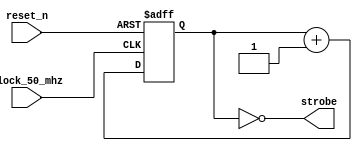
//----------------------------------------------------------------------------
//
//   14:  
//
//  Exercise   14: LED matrix
//
//----------------------------------------------------------------------------

module timer
# ( parameter timer_divider = 24 )
(
    input  clock_50_mhz,
    input  reset_n,
    output strobe
);

    reg [timer_divider - 1:0] counter;

    always @ (posedge clock_50_mhz or negedge reset_n)
    begin
        if (! reset_n)
            counter <= { timer_divider { 1'b0 } };
        else
            counter <= counter + { { timer_divider - 1 { 1'b0 } }, 1'b1 };
    end

    assign strobe
        = (counter [timer_divider - 1:0] == { timer_divider { 1'b0 } } );

endmodule

//----------------------------------------------------------------------------

module shift
# ( parameter width = 10 )
(
    input                     clock,
    input                     reset_n,
    input                     shift_enable,
    input                     button,
    output reg [width - 1:0]  shift_reg
);

    reg [width - 1:0] counter;

    always @ (posedge clock or negedge reset_n)
    begin
        if (! reset_n)
            shift_reg <= { width { 1'b0 } };
        else if (shift_enable)
            shift_reg <= { button, shift_reg [width - 1:1] };
    end

endmodule

//----------------------------------------------------------------------------

module top
(
    input         clock,
    input         reset_n,
    input  [ 3:0] key,
    input  [ 9:0] sw,
    output [ 9:0] led,
    output [ 6:0] hex0,
    output [ 6:0] hex1,
    output [ 6:0] hex2,
    output [ 6:0] hex3,
    output [ 6:0] hex4,
    output [ 6:0] hex5,
    inout  [35:0] gpio_0,
    inout  [35:0] gpio_1
);

    reg  [15:0] matrix_pins;
    wire [ 7:0] rows, cols;

    assign { gpio_0 [34], gpio_0 [32], gpio_0 [30], gpio_0 [28],
             gpio_0 [24], gpio_0 [22], gpio_0 [20], gpio_0 [18],
             gpio_1 [35], gpio_1 [33], gpio_1 [31], gpio_1 [29],
             gpio_1 [25], gpio_1 [23], gpio_1 [21], gpio_1 [19]  }

        = matrix_pins;

    // assign matrix_pins = { sw [9:0], 6'b0 };
    
    always @ (posedge clock)
    matrix_pins =
    {
        ~ rows [0], ~ rows [1],   cols [1], ~ rows [7],
          cols [3], ~ rows [2],   cols [0], ~ rows [4],
          cols [4],   cols [6], ~ rows [6], ~ rows [5],
          cols [7], ~ rows [3],   cols [5],   cols [2]
    };

    //------------------------------------------------------------------------

    wire button = ~ key [0];
    wire enable_rows, enable_cols;

    timer
    # ( .timer_divider ( 24 ))
    timer_rows_i
    (
        .clock_50_mhz ( clock       ),
        .reset_n      ( reset_n     ),
        .strobe       ( enable_rows )
    );

    shift 
    # ( .width ( 8 ))
    shift_rows_i
    (
        .clock        ( clock       ),
        .reset_n      ( reset_n     ),
        .shift_enable ( enable_rows ),
        .button       ( button      ),
        .shift_reg    ( rows        )
    );

    //------------------------------------------------------------------------

    timer
    # ( .timer_divider ( 24 ))
    timer_cols_i
    (
        .clock_50_mhz ( clock       ),
        .reset_n      ( reset_n     ),
        .strobe       ( enable_cols )
    );

    shift 
    # ( .width ( 8 ))
    shift_cols_i
    (
        .clock        ( clock       ),
        .reset_n      ( reset_n     ),
        .shift_enable ( enable_cols ),
        .button       ( button      ),
        .shift_reg    ( cols        )
    );

endmodule